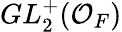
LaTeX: GL_{2}^{+}({\mathcal{O}}_{F})